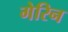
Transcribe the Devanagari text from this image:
गेरिन